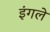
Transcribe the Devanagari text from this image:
इंगले